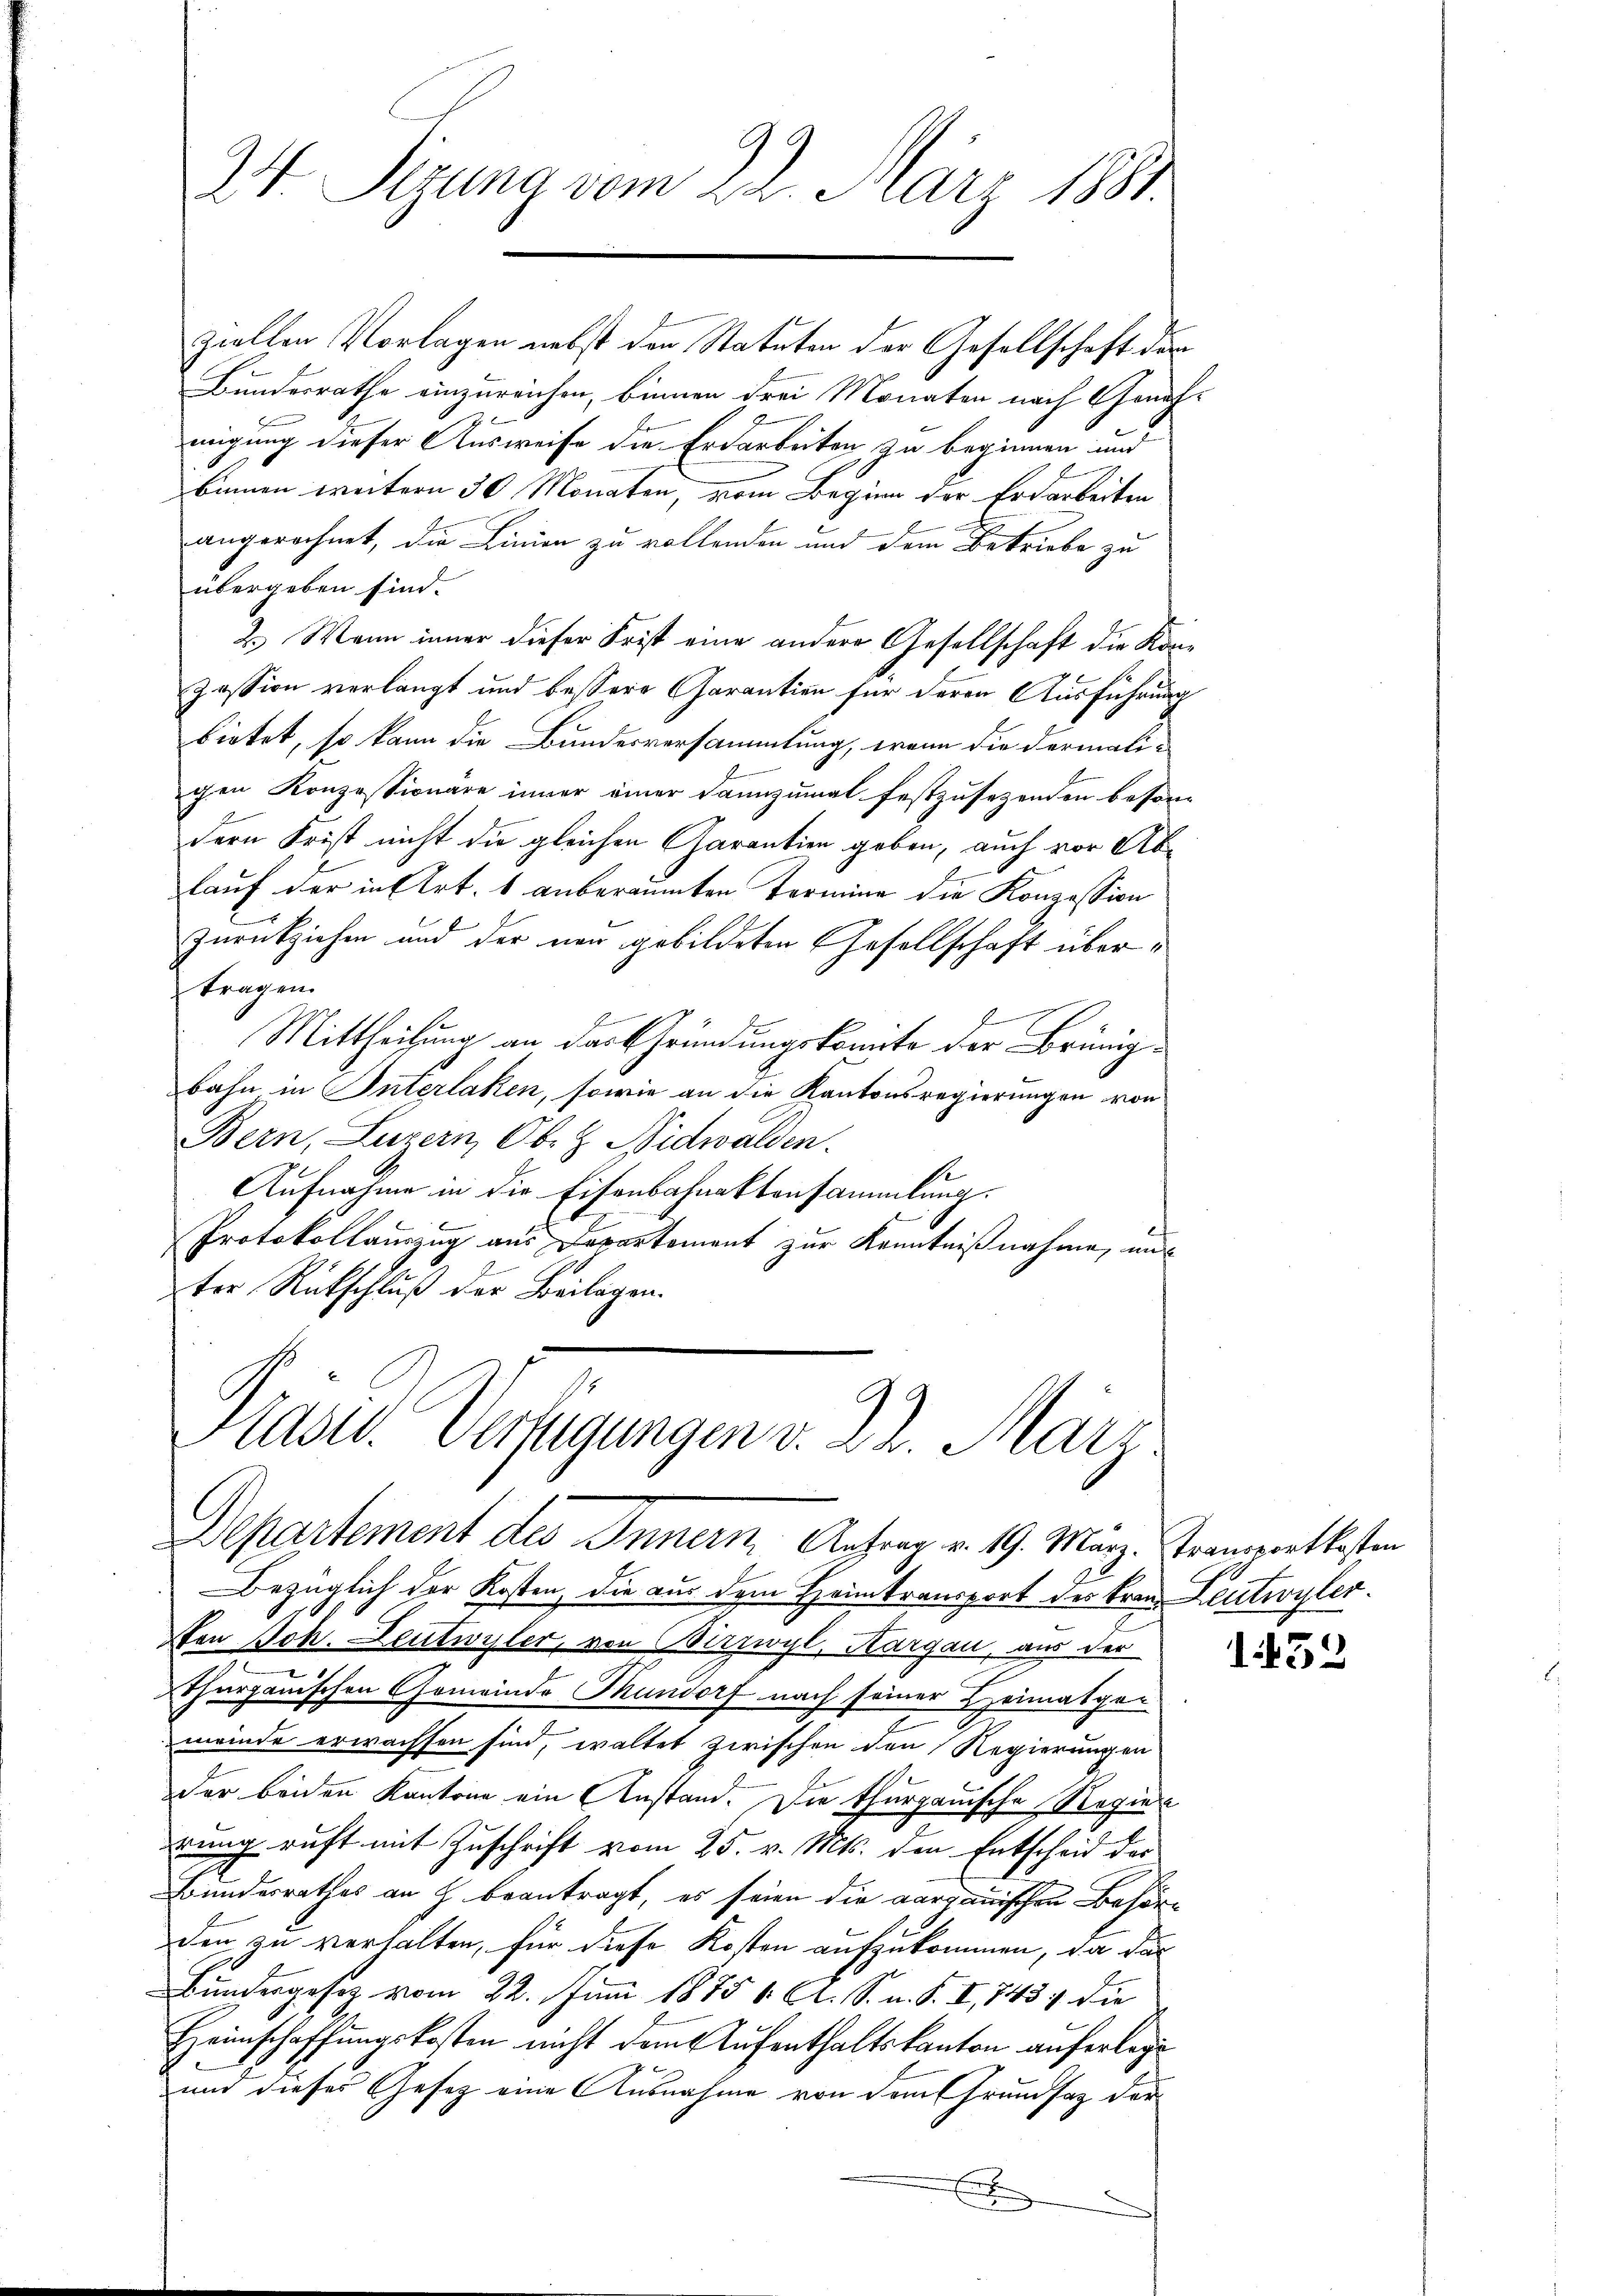
W. Sizung vom 22. März 1881.

ziellen Vorlagen nebst den Statuten der Gesellschaft der
Bundesrathe einzureichen, binnen drei Monaten nach Geneh-
migung dieser Ausweise die Erdarbeiten zu beginnen und
binnen weitern 30 Monaten, vom Beginn der Erdarbeiten
angerechnet, die Linien zu vollenden und dem Betriebe zu
übergeben sind.
2.) Wenn inner dieser Frist eine andere Gesellschaft die Konzession verlangt und bessere Garantien für deren Ausführung
bietet, so kann die Bundesversammlung, wenn die dermaligen Konzessionäre inner einer dannzumal festzusetzenden beson-
dern Frist nicht die gleichen Garantien geben, auch vor Ablauf der in Art. 1 anberaumten Termine die Konzession
Zurückziehen und der vor gebildeten Gesellschaft übertragen.
Mittheilung an das Gründungskomite der Brünigbahn in Interlaken, sowie an die Kantonsregierungen von
Bern, Luzern, Ob- & Nidwalden.
Aufnahme in die Eisenbahnaktensammlung.
e
Protokollauszug aus Departement zur Kenntnißnahme, und
ter Rückschluß der Beilagen.

Hasel. Verfügungen v. 22. März
Departement des Innern Antrag v. 19. März. Tramprettesten
Bezüglich der Kosten, die aus dem Heimtransport des Frau Leutwyler.

fon Joh. Heutwyler, von Birzwyl, Kargau, aus der
Thurgauischen Gemeinde Mandorf nach seiner Heimatgemeinde erwachsen sind, waltet zwischen den Regierungen
der beiden Kantone ein Anstand. Die thurgauische Regie
rung ruft mit Zuschrift vom 25. v. Mts. den Entscheid der
Bundesrathes an H. beantragt, es seien die aargauischen Behörden zu verhalten, für diese Kosten aufzukommen, da das
Bundergesetz vom 22. Juni 1875 1 Cl. S. u. S. I, 743. die
Heimschaffungskosten nicht dem Aufenthaltskanton auferlege
und dieses Gesetz eine Ausnahme von dem Grundsaz der
Ei

432